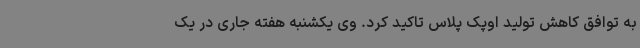
به توافق کاهش تولید اوپک پلاس تاکید کرد. وی یکشنبه هفته جاری در یک